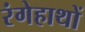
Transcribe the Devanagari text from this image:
रंगेहाथों